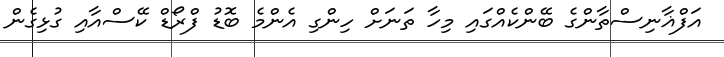
އަފްޣާނިސްތާންގެ ބޭންކެއްގައި މިހާ ތަނަށް ހިންގި އެންމެ ބޮޑު ފްރޯޑް ކޭސްއާއި ގުޅިގެން